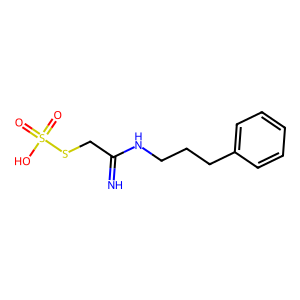
SMILES: N=C(CSS(=O)(=O)O)NCCCc1ccccc1
Inhibits HIV replication: No